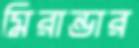
মিরান্ডার